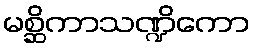
မစ္ဆိကာသဏ္ဍိကော